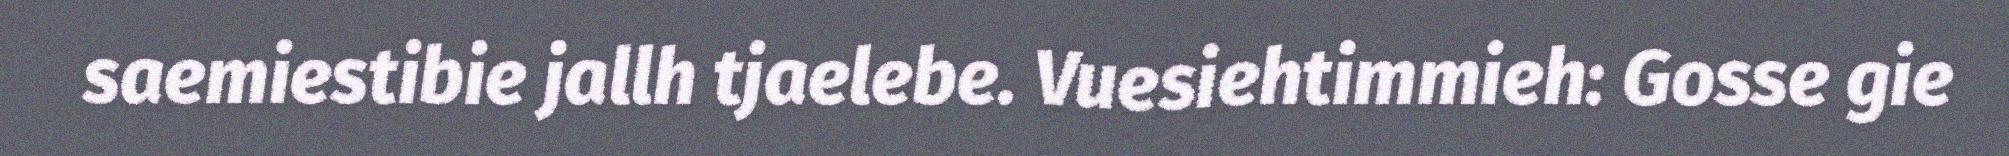
saemiestibie jallh tjaelebe. Vuesiehtimmieh: Gosse gie